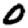
Digit: 0